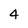
Character: 4